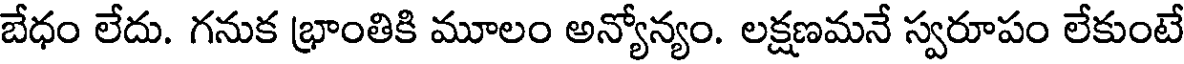
బేధం లేదు. గనుక భ్రాంతికి మూలం అన్యోన్యం. లక్షణమనే స్వరూపం లేకుంటే